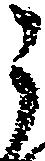
う